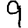
Digit: 9